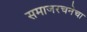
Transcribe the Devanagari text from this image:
समाजरचनेचा